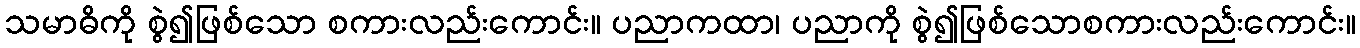
သမာဓိကို စွဲ၍ဖြစ်သော စကားလည်းကောင်း။ ပညာကထာ၊ ပညာကို စွဲ၍ဖြစ်သောစကားလည်းကောင်း။